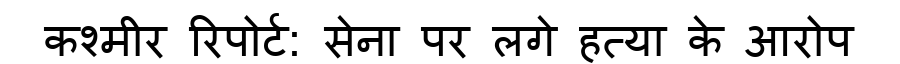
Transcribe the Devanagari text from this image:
कश्मीर रिपोर्ट: सेना पर लगे हत्या के आरोप